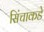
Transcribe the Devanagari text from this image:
सिंचाकडे